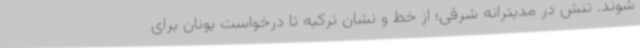
شوند. تنش در مدیترانه شرقی؛ از خط و نشان ترکیه تا درخواست یونان برای